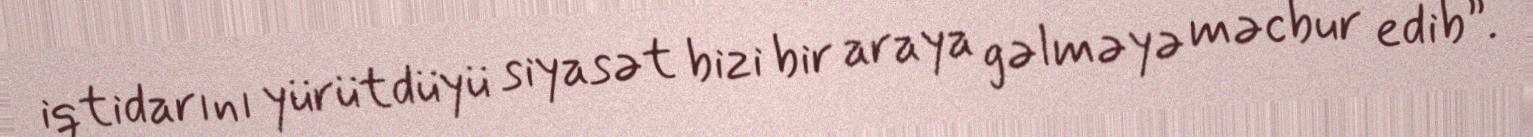
iqtidarını yürütdüyü siyasət bizi bir araya gəlməyə məcbur edib”.